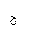
Letter: _gim